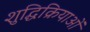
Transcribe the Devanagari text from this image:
शुद्धिक्रियाओं